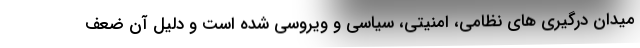
میدان درگیری های نظامی، امنیتی، سیاسی و ویروسی شده است و دلیل آن ضعف